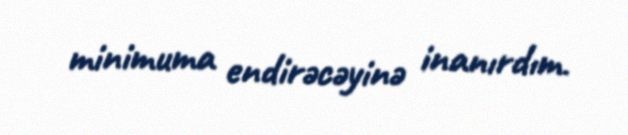
minimuma endirəcəyinə inanırdım.